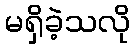
မရှိခဲ့သလို